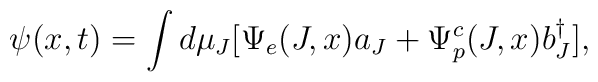
\psi(x,t) = \int d\mu_J [\Psi_{e}(J,x) a_J + \Psi^{c}_{p}(J,x)b^{\dagger}_{J}],